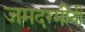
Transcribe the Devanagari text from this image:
जमदग्मींनी